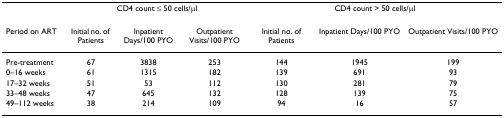
<table><thead><tr><td></td><td colspan="3"><b>CD4 count ≤ 50 cells/μl</b></td><td colspan="3"><b>CD4 count &gt; 50 cells/μl</b></td></tr><tr><td><b>Period on ART</b></td><td><b>Initial no. of Patients</b></td><td><b>Inpatient Days/100 PYO</b></td><td><b>Outpatient Visits/100 PYO</b></td><td><b>Initial no. of Patients</b></td><td><b>Inpatient Days/100 PYO</b></td><td><b>Outpatient Visits/100 PYO</b></td></tr></thead><tbody><tr><td>Pre-treatment</td><td>67</td><td>3838</td><td>253</td><td>144</td><td>1945</td><td>199</td></tr><tr><td>0–16 weeks</td><td>61</td><td>1315</td><td>182</td><td>139</td><td>691</td><td>93</td></tr><tr><td>17–32 weeks</td><td>51</td><td>53</td><td>112</td><td>130</td><td>281</td><td>79</td></tr><tr><td>33–48 weeks</td><td>47</td><td>645</td><td>132</td><td>128</td><td>139</td><td>75</td></tr><tr><td>49–112 weeks</td><td>38</td><td>214</td><td>109</td><td>94</td><td>16</td><td>57</td></tr></tbody></table>